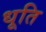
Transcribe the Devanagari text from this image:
धूति